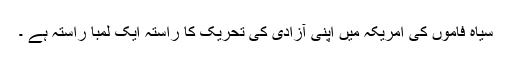
سیاہ فاموں کی امریکہ میں اپنی آزادی کی تحریک کا راستہ ایک لمبا راستہ ہے ۔